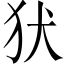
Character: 犾